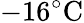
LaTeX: -16^{\circ}\mathrm{C}